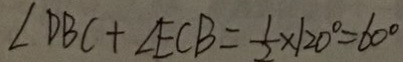
\angle D B C + \angle E C B = \frac { 1 } { 2 } \times 1 2 0 ^ { \circ } = 6 0 ^ { \circ }